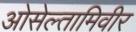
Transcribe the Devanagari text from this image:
ओसेल्तामिवीर